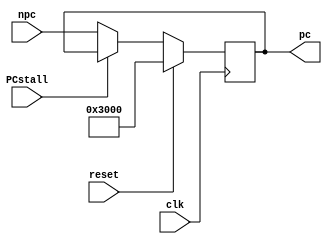
module PC(
    input clk,
    input reset,
    input PCstall,
    input [31:0] npc,
    output reg [31:0] pc
);
	
    always @(posedge clk) begin
        if (reset == 1) begin
            pc <= 32'h00003000;
        end else begin 
            if (PCstall == 1) begin
                pc <= pc;
            end else begin
                pc <= npc;
            end    
        end
    end

    initial begin
        pc = 32'h00003000;
    end

endmodule